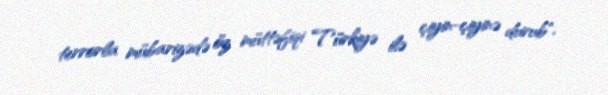
terrorla mübarizədə öz müttəfiqi Türkiyə ilə çiyin-çiyinə durub".